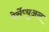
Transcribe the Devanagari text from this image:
पेर्सेप्चुअल